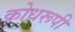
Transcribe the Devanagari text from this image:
क्रोधरूपी